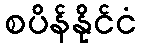
စပိန်နိုင်ငံ